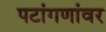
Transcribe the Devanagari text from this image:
पटांगणांवर